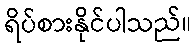
ရိပ်စားနိုင်ပါသည်။